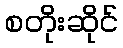
စတိုးဆိုင်